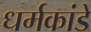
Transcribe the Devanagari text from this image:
धर्मकांडे